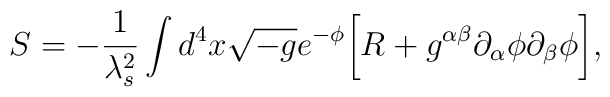
S= - \frac{1}{\lambda^2_{s}}\int d^4 x \sqrt{-g} e^{-\phi} \biggl[ R + g^{\alpha\beta}\partial_{\alpha}\phi\partial_{\beta} \phi \biggr],